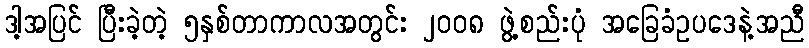
ဒါ့အပြင် ပြီးခဲ့တဲ့ ၅နှစ်တာကာလအတွင်း ၂၀၀၈ ဖွဲ့စည်းပုံ အခြေခံဥပဒေနဲ့အညီ